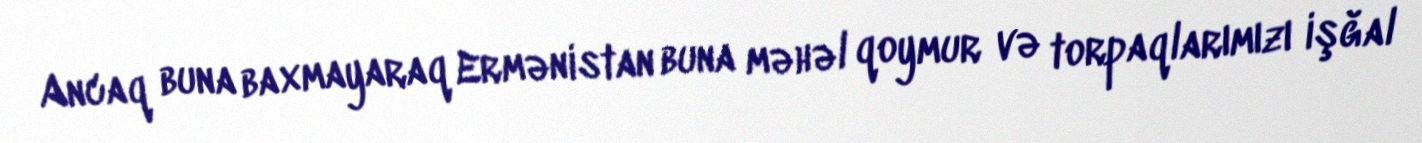
Ancaq buna baxmayaraq Ermənistan buna məhəl qoymur və torpaqlarımızı işğal